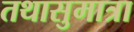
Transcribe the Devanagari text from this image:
तथासुमात्रा